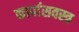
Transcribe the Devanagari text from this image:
कार्पासवस्त्र